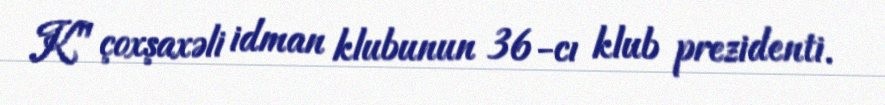
K" çoxşaxəli idman klubunun 36-cı klub prezidenti.